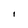
Character: i